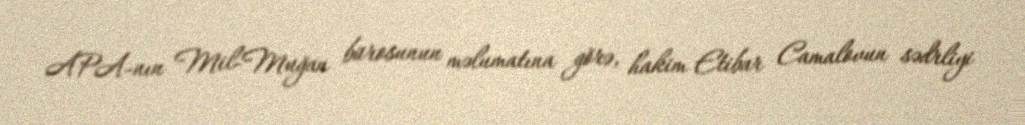
APA-nın Mil-Muğan bürosunun məlumatına görə, hakim Etibar Camalovun sədrliyi